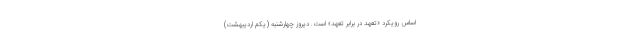
اساس رویکرد «تعهد در برابر تعهد» است. دیروز چهارشنبه (یکم اردیبهشت)